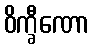
ဝိက္ခီဏော